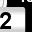
Digit: 2